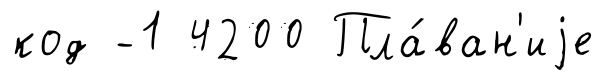
код -1 4200 Пла́ван'иjе